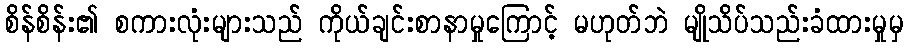
စိန်စိန်း၏ စကားလုံးများသည် ကိုယ်ချင်းစာနာမှုကြောင့် မဟုတ်ဘဲ မျိုသိပ်သည်းခံထားမှုမှ